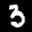
Label: 3